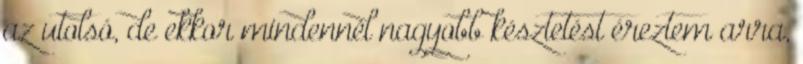
az utolsó, de ekkor mindennél nagyobb késztetést éreztem arra,